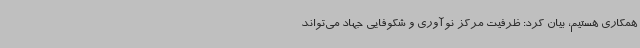
همکاری هستیم، بیان کرد: ظرفیت مرکز نوآوری و شکوفایی جهاد می‌تواند